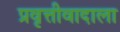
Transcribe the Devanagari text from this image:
प्रवृत्तीवादाला